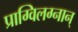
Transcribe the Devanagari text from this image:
प्राग्विलग्नान्